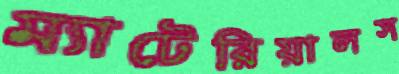
ম্যাটেরিয়ালস